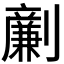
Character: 𠠟